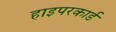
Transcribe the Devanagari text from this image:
हाइपरकार्ड